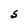
Character: S